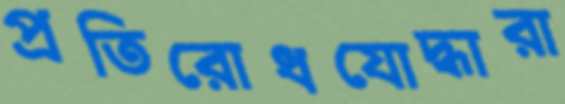
প্রতিরোধযোদ্ধারা